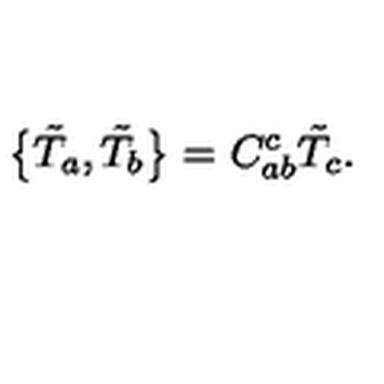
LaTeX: \bigl \{ \tilde { T } _ { a } , \tilde { T } _ { b } \bigr \} = C _ { a b } ^ { c } \tilde { T } _ { c } .